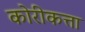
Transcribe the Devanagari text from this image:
कोरीकत्ता